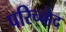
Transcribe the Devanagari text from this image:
परिच्च्हेद